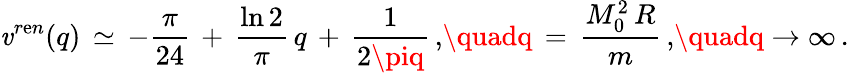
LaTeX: \mathit{v}^{r\mathrm{e}n}(q)\, \simeq\, -\frac{{\pi}}{{24}}\, +\, \frac{{\ln2}}{{\pi}}\, q\, +\, \frac{{1}}{{2\piq}}\, {,}\quadq\, =\, \frac{{M_{0}^{2}\, R}}{{m}}\, {,}\quadq\to\infty\, {.}